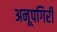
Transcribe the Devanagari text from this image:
अनूपगिरी